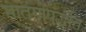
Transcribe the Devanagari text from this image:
मातंगीपद्धति